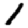
Digit: 1